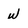
Character: w